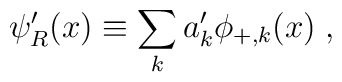
\psi'_R(x) \equiv \sum_k a'_k\phi_{+,k}(x)\; ,